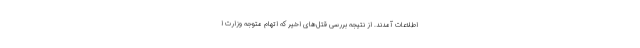
اطلاعات آمدند. از نتیجه بررسى قتل‌هاى اخیر كه اتهام متوجه وزارت ا